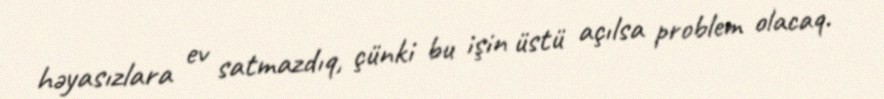
həyasızlara ev satmazdıq, çünki bu işin üstü açılsa problem olacaq.